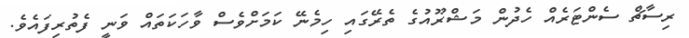
ރިސާޗް ސެންޓަރެއް ހެދުން މަޝްރޫއުގެ ތެރޭގައި ހިމެނޭ ކަމަށްވެސް ވާހަކަތައް ވަނީ ފެތުރިފައެވެ.